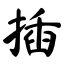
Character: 插